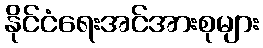
နိုင်ငံရေးအင်အားစုများ